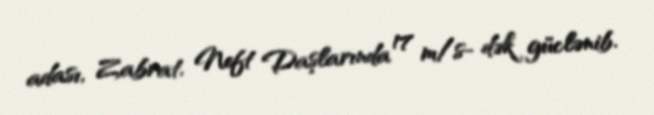
adası, Zabrat, Neft Daşlarında 17 m/s- dək güclənib.